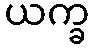
ယက္ခ